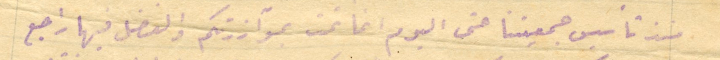
منذ تأسيس جمعيتنا حتى اليوم انما تمت بموآزرتكم والفضل فيها راجع